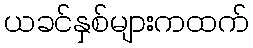
ယခင်နှစ်များကထက်